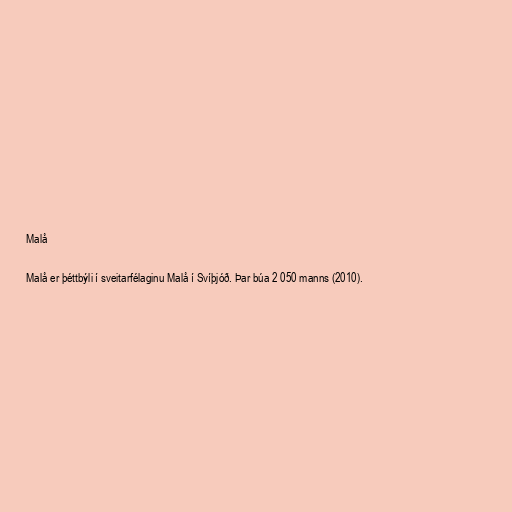
Malå

Malå er þéttbýli í sveitarfélaginu Malå í Svíþjóð. Þar búa 2 050 manns (2010).